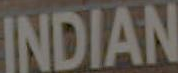
INDIAN